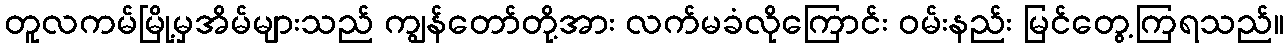
တူလကမ်မြို့မှအိမ်များသည် ကျွန်တော်တို့အား လက်မခံလိုကြောင်း ဝမ်းနည်း မြင်တွေ့ကြရသည်။